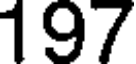
197